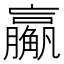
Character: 𬢙